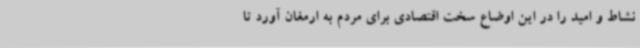
نشاط و امید را در این اوضاع سخت اقتصادی برای مردم به ارمغان آورد تا